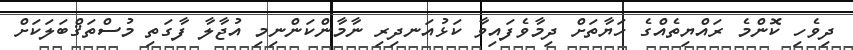
ދިވެހި ކޮންމެ ރައްޔިތެއްގެ ހަޔާތަށް ދިމާވެފައިވާ ކަޅުއަނދިރި ނާމާންކަންނިމި އުޖާލާ ފާގަތި މުސްތަޤްބަލަކަށް